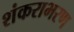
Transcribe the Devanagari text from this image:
शंकराभरण